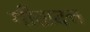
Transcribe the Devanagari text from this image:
गीतादत्त